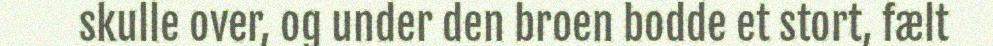
skulle over, og under den broen bodde et stort, fælt